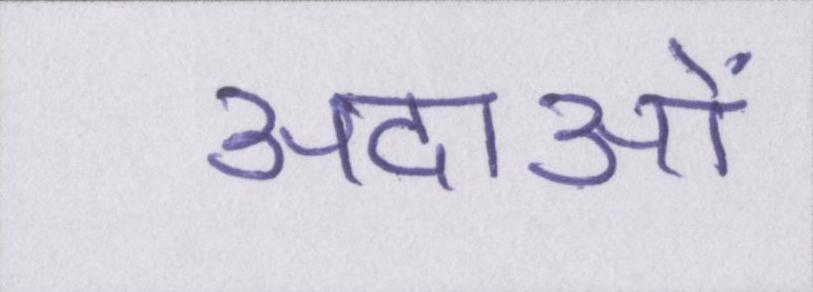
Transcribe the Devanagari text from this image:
अदाओं